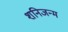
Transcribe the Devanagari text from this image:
शनिजन्म